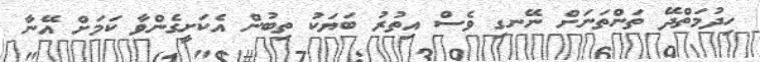
ހިދުމަތްދޭ ތަންތަނަށް ނޭނގި ވެސް އިތުރު ބަޔަކު ތިބުން އެކަށީގެންވާ ކަމަށް އޭނާ